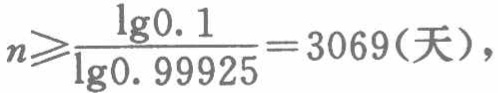
$n\geqslant\frac{\lg0.1}{\lg0.999925}=3069(天),$